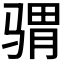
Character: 𩨅